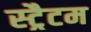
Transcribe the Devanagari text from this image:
स्ट्रैटम